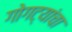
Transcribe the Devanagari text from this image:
गोगट्यांचा